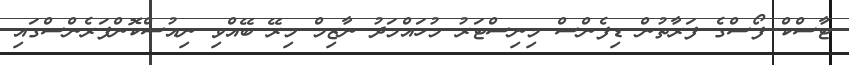
ޓާސްކް ފޯސްގެ ފަރާތުން ޑިފެންސް މިނިސްޓަރު މުހައްމަދު ނާޒިމް މިރޭ ބޭއްވި ނިއުސްކޮންފަރެންސްގައި